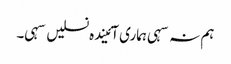
ہم نہ سہی ہماری آئیندہ نسلیں سہی۔